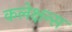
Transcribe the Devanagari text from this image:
कलेक्षन्स